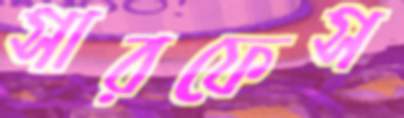
সারফেস